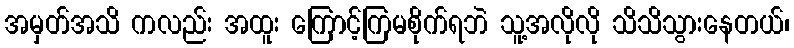
အမှတ်အသိ ကလည်း အထူး ကြောင့်ကြမစိုက်ရဘဲ သူ့အလိုလို သိသိသွားနေတယ်၊